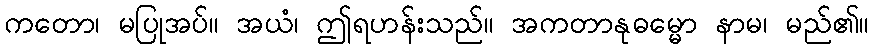
ကတော၊ မပြုအပ်။ အယံ၊ ဤရဟန်းသည်။ အကတာနုဓမ္မော နာမ၊ မည်၏။